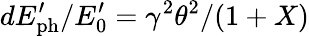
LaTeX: dE_{\mathrm{ph}}^{\prime}/E_{0}^{\prime}=\gamma^{2}\theta^{2}/(1+X)